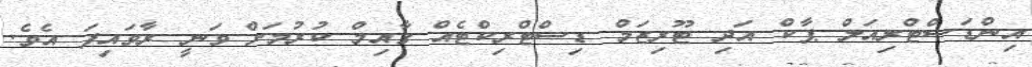
އިންޑަސްޓްރިއަލް ޕާކް އަދި ޓޫރިޒަމް ޑިސްޓްރިކްޓެއް ގާއިމް ކުރުމަށް ވަނީ ރާވައިފަ އެވެ.